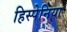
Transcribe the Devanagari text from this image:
हिस्पेनिया